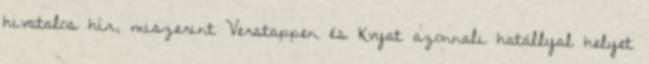
hivatalos hír, miszerint Verstappen és Kvyat azonnali hatállyal helyet